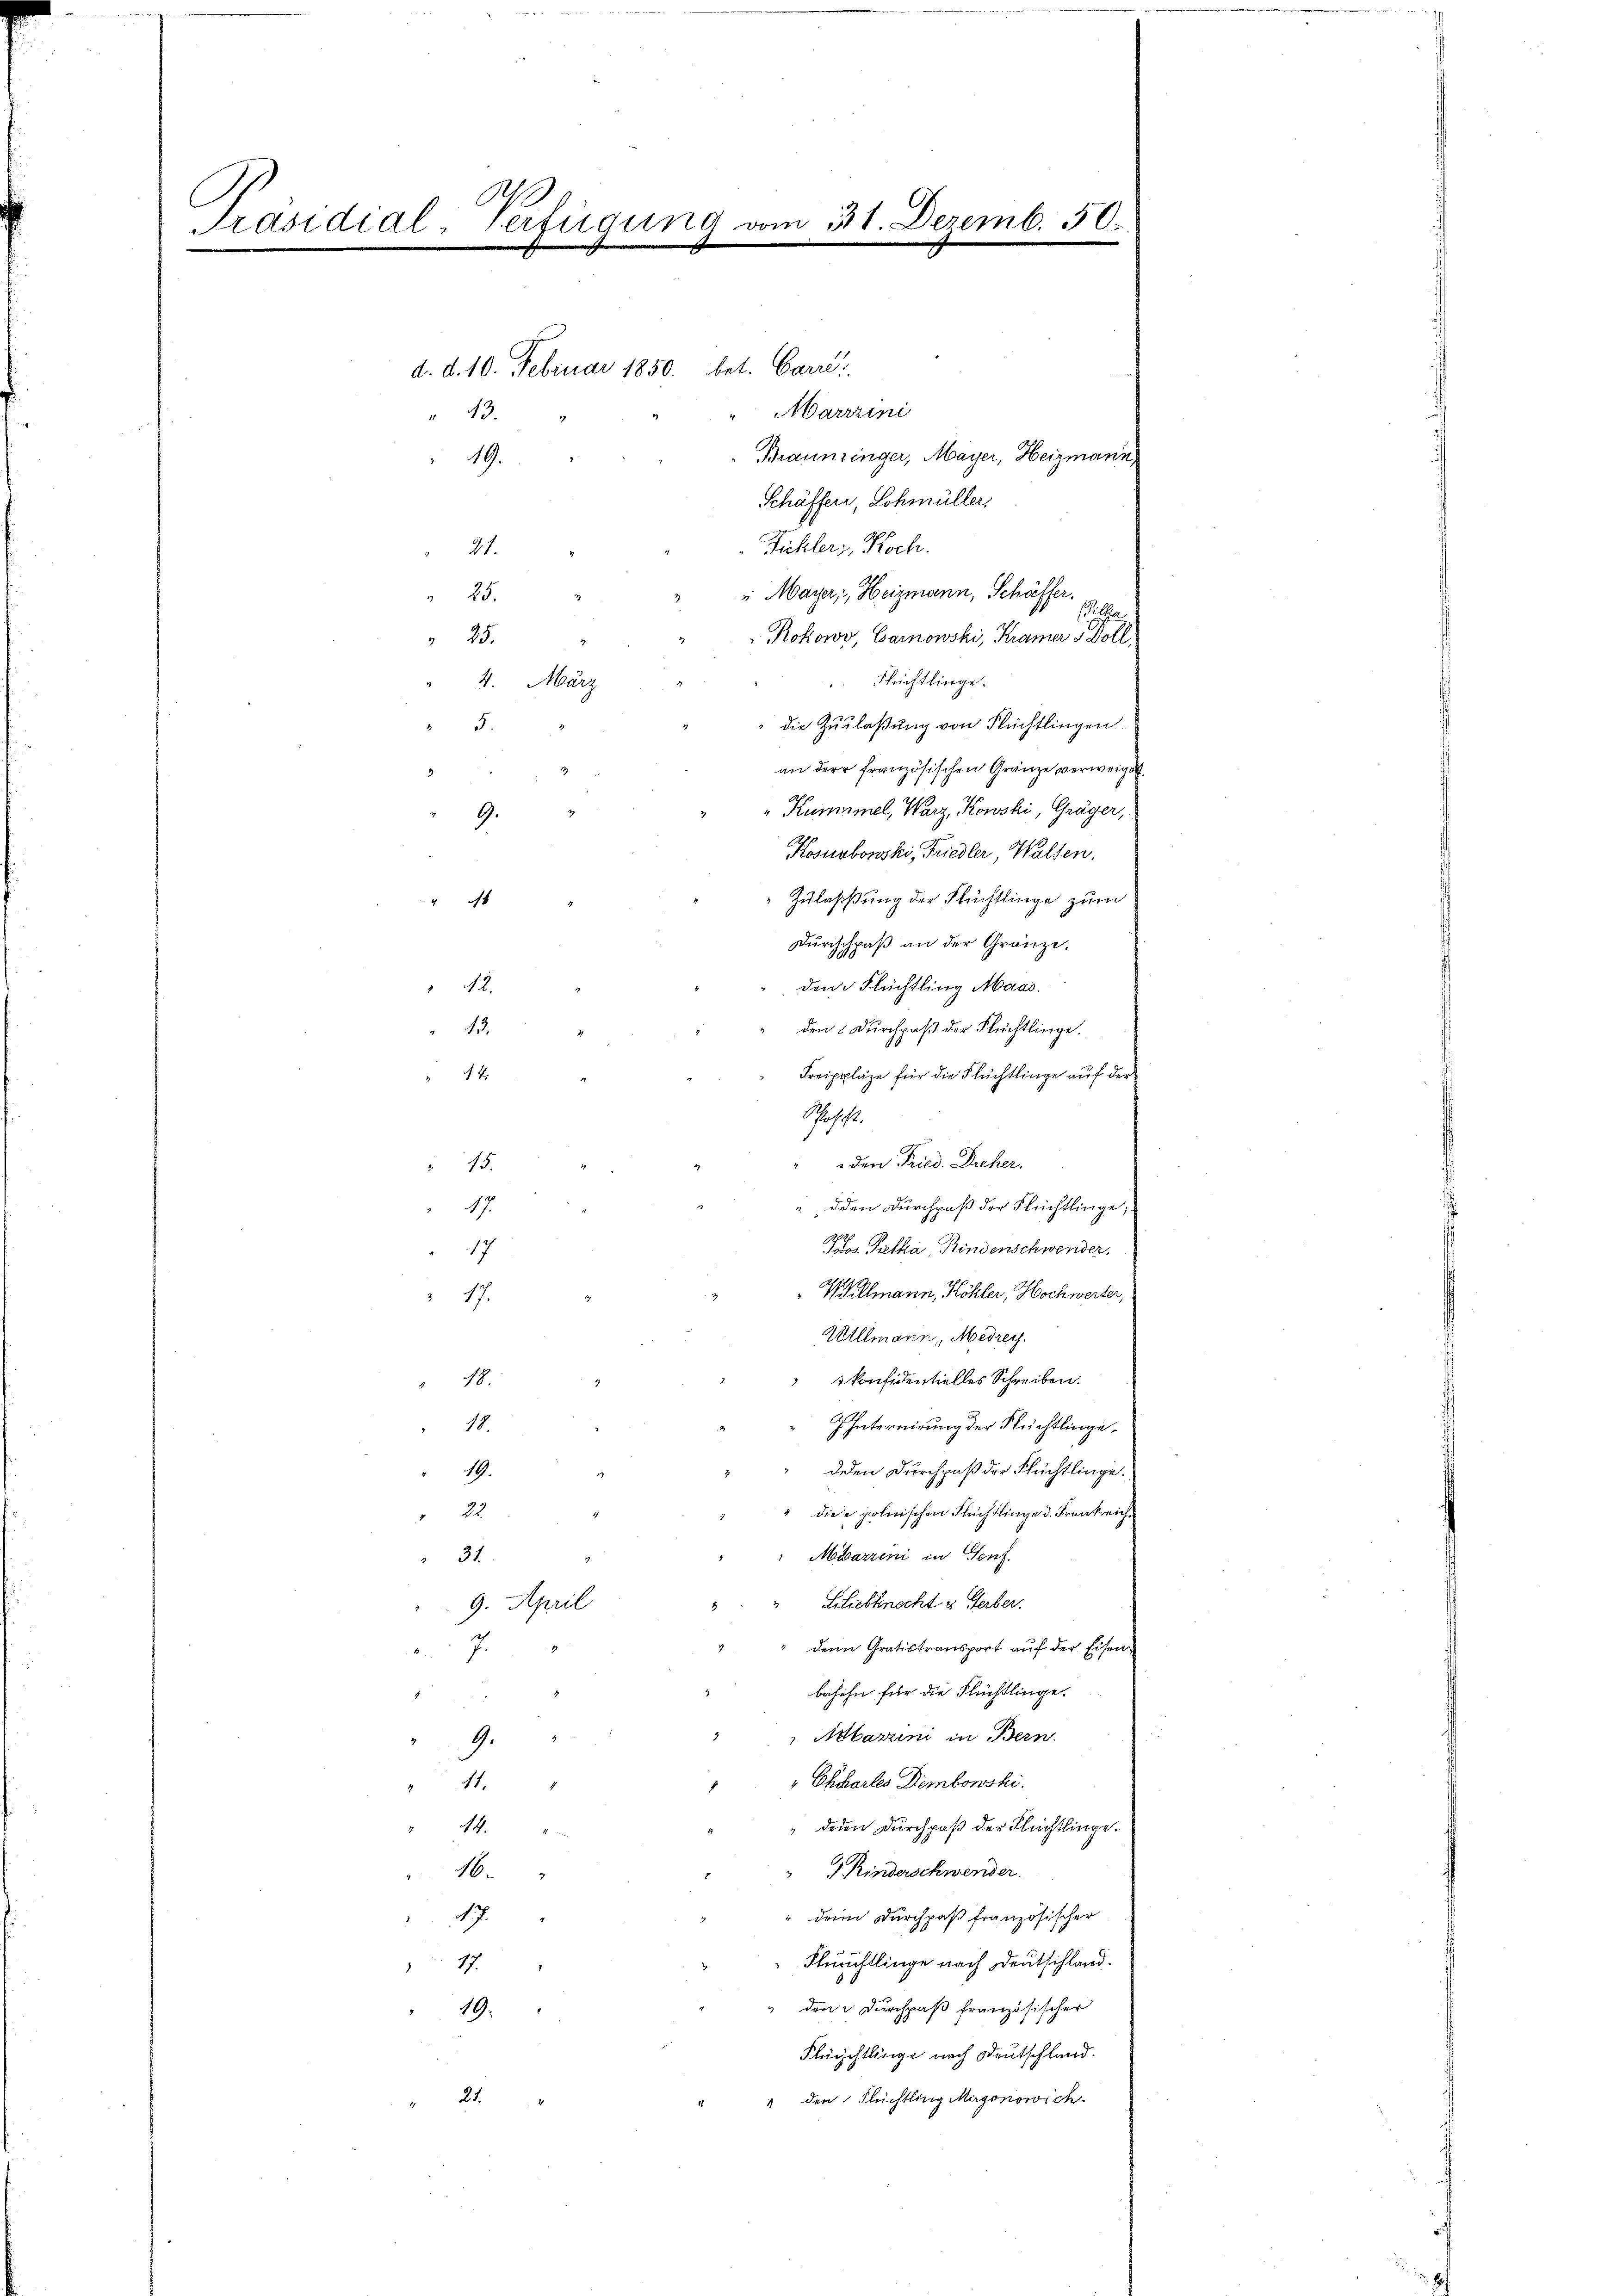
d
Präsidial-Verfügung vom 31. Dezemb. 50

.
b
e

d. d. 10. Februar 1850. bet. Carri
43.
49.
21.
25.
25.
4. März
5.
9.
"
12.
13.
1 4
 15.
17.
17
17.
18.
18.
19.
22
31
9. April
9.
11.
44.
16.
17.

17.
21.

19.

"Mayer, Heizmann, Schäffer.
s
Kokow, Carnowski, Kramer & Doll
Flüchtlinge.
die Zulaßung von Flüchtlingen
an der französischen Gränze verweiget.
Welmann, Köhler, Hochwerter,
Uillmann, Medrey.
konfidentielles Schreiben.
IInternirung der Flüchtlinge
deden Durchpaß der Flüchtlinge.
diee polnischen Flüchtlinge d. Frankreich¬
Mösartini in Genf
Liliebknecht u Herber.
denn Gratistransport auf der Eisenbesehn für die Flüchtlinge.
v. Abbarini in Bern.
Chchartes Dembowski.
deden Durchpaß der Flüchtlinge.
J. Rinderschwender.
" dein Durchpaß französischer
Fluchtlinge nach Deutschland.
 den Durchpaß französischer
Flüchtlinge nach Deutschland.
" den Flüchtling Mirgonowich

Gascht.
den Fried. Dreher.
dden Durchpaß der Flüchtlinge;
Frs. Pietka, Kindenschwender

"Marzzini
Braunsinger, Mayer, Heizmann
Schäffer, Lohmüller.
Fühler, Koch.

" Kummel, Warz, Kowski, Gräger,
Kosurbonski, Friedler, Walten.
Zulassung der Flüchtlinge zum

den Flüchtling Maas

den: Durchpaß der Flüchtlinge.
Freippläge für die Flüchtlinge auf der

Durchchpaß an der Gränze.